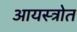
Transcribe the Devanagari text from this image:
आयस्त्रोत